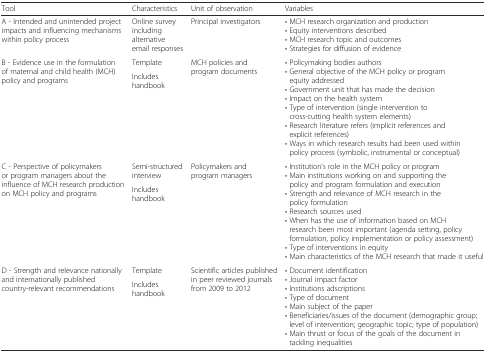
<table><thead><tr><td><b>Tool</b></td><td><b>Characteristics</b></td><td><b>Unit of observation</b></td><td><b>Variables</b></td></tr></thead><tbody><tr><td>A - Intended and unintended project impacts and influencing mechanisms within policy process</td><td>Online survey including alternative email responses</td><td>Principal investigators</td><td>• MCH research organization and production• Equity interventions described• MCH research topic and outcomes• Strategies for diffusion of evidence</td></tr><tr><td rowspan="2">B - Evidence use in the formulation of maternal and child health (MCH) policy and programs</td><td>Template</td><td rowspan="2">MCH policies and program documents</td><td rowspan="2">• Policymaking bodies authors• General objective of the MCH policy or program equity addressed• Government unit that has made the decision• Impact on the health system• Type of intervention (single intervention to cross-cutting health system elements)• Research literature refers (implicit references and explicit references)• Ways in which research results had been used within policy process (symbolic, instrumental or conceptual)</td></tr><tr><td>Includes handbook</td></tr><tr><td rowspan="2">C - Perspective of policymakers or program managers about the influence of MCH research production on MCH policy and programs</td><td>Semi-structured interview</td><td rowspan="2">Policymakers and program managers</td><td rowspan="2">• Institution’s role in the MCH policy or program• Main institutions working on and supporting the policy and program formulation and execution• Strength and relevance of MCH research in the policy formulation• Research sources used• When has the use of information based on MCH research been most important (agenda setting, policy formulation, policy implementation or policy assessment)• Type of interventions in equity• Main characteristics of the MCH research that made it useful</td></tr><tr><td>Includes handbook</td></tr><tr><td rowspan="2">D - Strength and relevance nationally and internationally published country-relevant recommendations</td><td>Template</td><td rowspan="2">Scientific articles published in peer reviewed journals from 2009 to 2012</td><td rowspan="2">• Document identification• Journal impact factor• Institutions adscriptions• Type of document• Main subject of the paper• Beneficiaries/issues of the document (demographic group; level of intervention; geographic topic; type of population)• Main thrust or focus of the goals of the document in tackling inequalities</td></tr><tr><td>Includes handbook</td></tr></tbody></table>